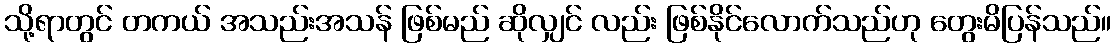
သို့ရာတွင် တကယ် အသည်းအသန် ဖြစ်မည် ဆိုလျှင် လည်း ဖြစ်နိုင်လောက်သည်ဟု တွေးမိပြန်သည်။